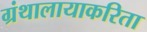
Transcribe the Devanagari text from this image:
ग्रंथालायाकरिता